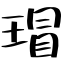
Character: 瑁